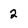
Character: 2